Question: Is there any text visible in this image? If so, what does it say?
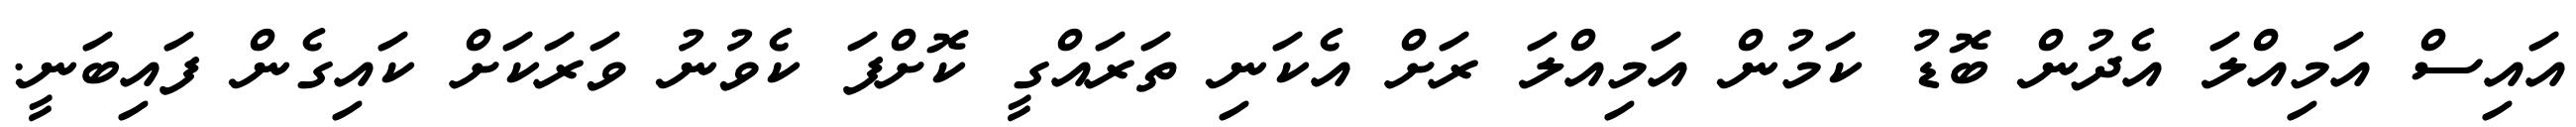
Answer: އައިސް އަމިއްލަ އެދުން ބޮޑު ކަމުން އަމިއްލަ ރަށް އެކަނި ތަރައްގީ ކޮށްފަ ކެވުނު ވަރަކަށް ކައިގެން ފައިބަނީ.